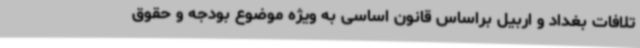
تلافات بغداد و اربیل براساس قانون اساسی به ویژه موضوع بودجه و حقوق